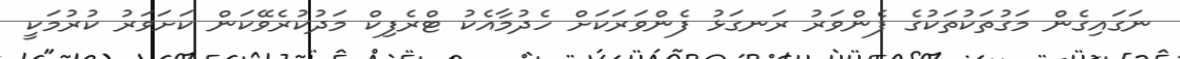
ނަގައިގެން މަގުތަކުތަކުގެ ފެންވަރު ރަނގަޅު ފެންވަރަކަށް ހެދުމާއެކު ޓްރެފިކް މަދުކުރެވޭކަން ކަށަވަރު ކުރުމަކީ